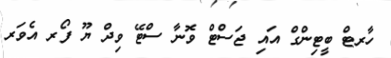
ހާރޓް ބީޓިންގް އައި ޖަސްޓް ވޮނާ ސްޓޭ ވިދް ޔޫ ފޯރ އެވަރ